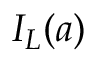
I _ { L } ( a )